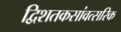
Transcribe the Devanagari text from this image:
द्विशतकसांवत्सरिक